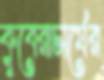
কুবেরাচার্যের